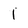
Character: 1